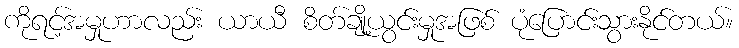
ကိုရင့်အမှုဟာလည်း ယာယီ စိတ်ချို့ယွင်းမှုအဖြစ် ပုံပြောင်းသွားနိုင်တယ်။